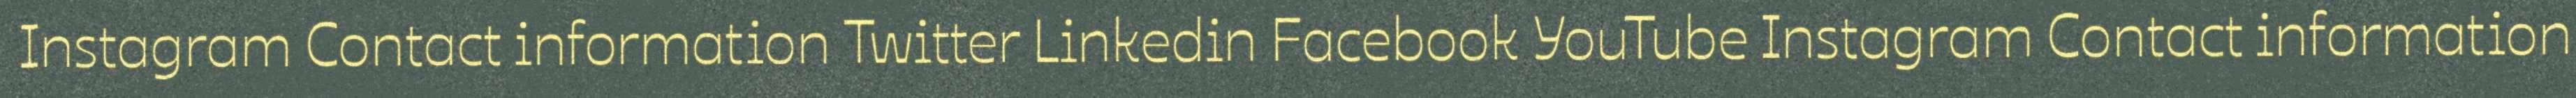
Instagram Contact information Twitter Linkedin Facebook YouTube Instagram Contact information